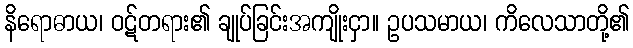
နိရောဓာယ၊ ဝဋ်တရား၏ ချုပ်ခြင်းအကျိုးငှာ။ ဥပသမာယ၊ ကိလေသာတို့၏